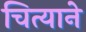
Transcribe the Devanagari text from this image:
चित्याने